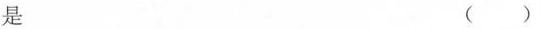
是 （）